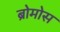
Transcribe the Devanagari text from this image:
ब्रोमोस